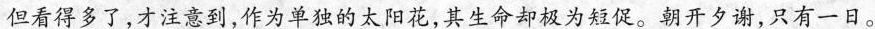
但看得多了，才注意到，作为单独的太阳花，其生命却极为短促。朝开夕谢，只有一日。